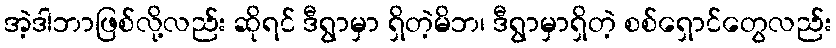
အဲ့ဒါဘာဖြစ်လို့လည်း ဆိုရင် ဒီရွာမှာ ရှိတဲ့မိဘ၊ ဒီရွာမှာရှိတဲ့ စစ်ရှောင်တွေလည်း